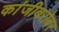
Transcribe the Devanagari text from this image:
कांजीबरोबर